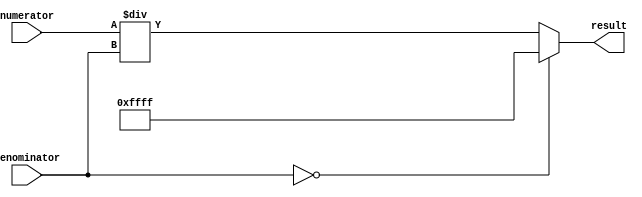
module fractional_divider (
    input [7:0] numerator,
    input [7:0] denominator,
    output reg [15:0] result
);

always @* begin
    if (denominator == 8'h00) begin
        result = 16'hFFFF; // Handle division by zero case
    end else begin
        result = numerator / denominator;
    end
end

endmodule